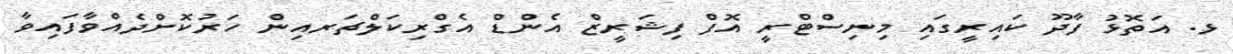
ޅ. އަތޮޅު ފާދޫ ކައިރީގައި މިނިސްޓްރީ އޮފް ފިޝަރީޒް އެންޑް އެގްރިކަލްޗަރއިން ހަރުކޮށްދެއްވާފައިވާ